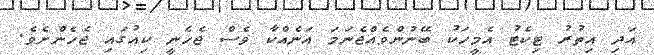
އަދި އިތުރު ޓިކެޓު އެމީހަކު ބޭނުންވެއްޖެނަމަ އަނެއްކާ ވެސް ޖެހެނީ ކިއުގައި ޖެހެންށެވެ.